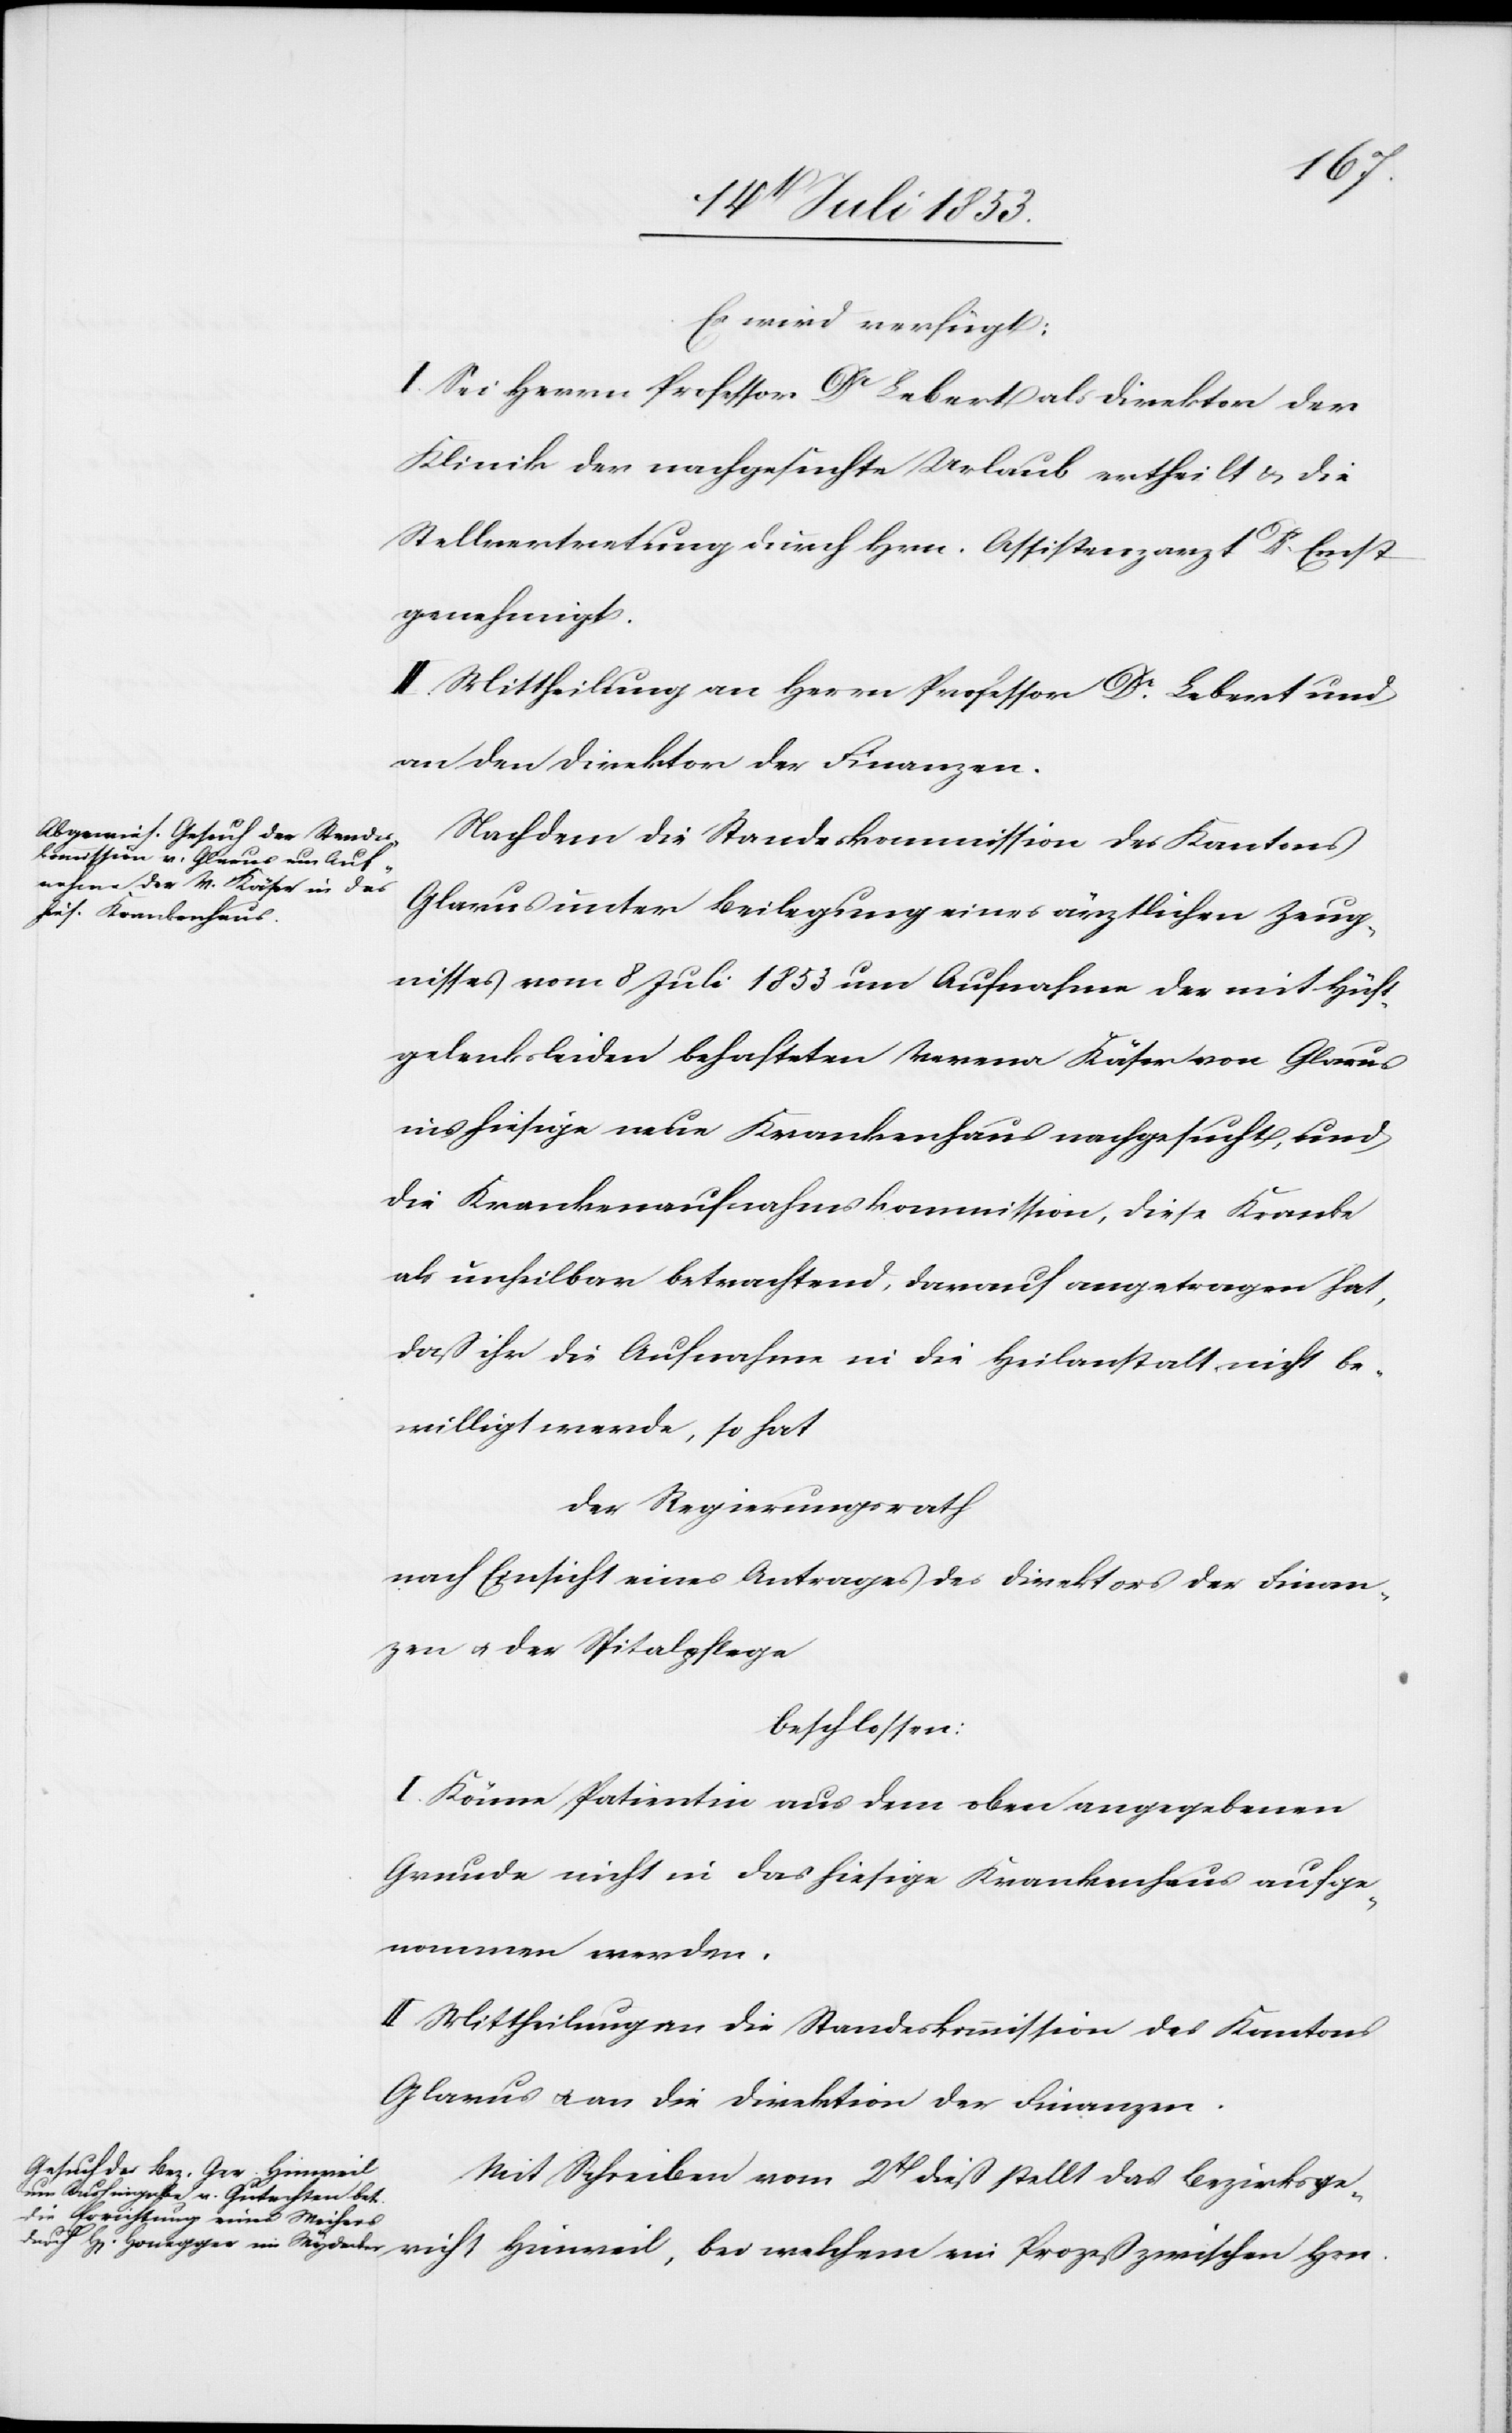
richt
16 Juli 1853.]
Es wird verfügt:
I. Sei Herrn Professor Dr Lebert als Direktor der
Klinik der nachgeführte Urlaub ertheilt u. die
Stellvertretung durch Hrn. Assistenzarzt Dr Ernst
genehmigt.
II. Mittheilung an Herrn Professor Dr Lebert und
an den Direktor der Finanzen.
Nachdem die Standeskommission des Kantones
Glarus unter Beilegung eines ärztlichen Zeug¬
nisses vom 8 Juli 1853 um Aufnahme des mit Hüft¬
gelenksleiden behafteten Verena Käser von Glarus
ins hiesige neue Krankenhaus nachgesucht, und
die Krankenaufnahmskommission, diese Kranke
als unheilbar betrachtend, darauf angetragen hat,
daß ihr die Aufnahme in die Heilanstalt nicht be¬
willigt werde, so hat
Der Regierungsrath
nach Einsicht eines Antrages des Direktors der Finan¬
zen u. der Spitalpflege
beschlossen:
I. Könne Petentin aus dem oben angegebenen
Grunde nicht in das hiesige Krankenhaus aufge¬
nommen werden.
II. Mittheilung an die Standeskommission des Kantons
Glarus u. an die Direktion der Finanzen.
Mit Schreiben vom 2t dieß stellt das Bezirksge¬